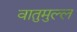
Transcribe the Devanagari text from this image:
वातुमुल्ल